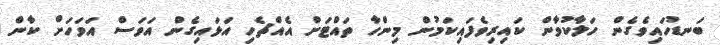
ބަނޑުހައިވެގެން ހަލާކުވާން ކައިރިވެފައިކަމުން މިންހާ ތައްޓަށް އެއްޗެހި އަޅައިގެން އަވަސް އަވަހަށް ކާން